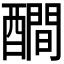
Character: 𨣉